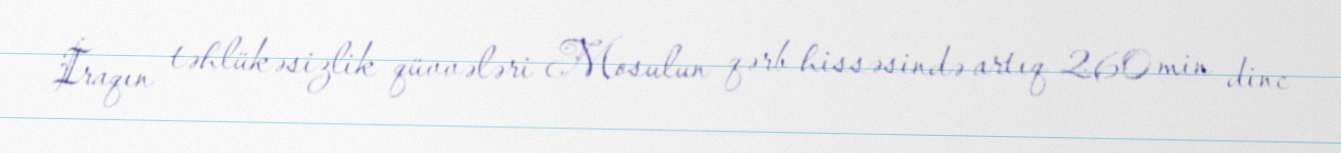
İraqın təhlükəsizlik qüvvələri Mosulun qərb hissəsində artıq 260 min dinc